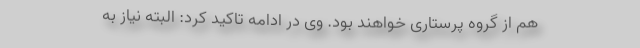
هم از گروه پرستاری خواهند بود. وی در ادامه تاکید کرد: البته نیاز به